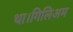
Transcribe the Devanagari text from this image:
था।गिलिअम